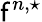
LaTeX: \mathsf{f}^{n,\star}